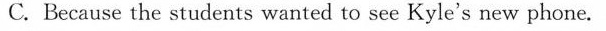
C. Because the students wanted to see Kyle's new phone.